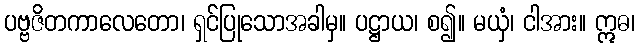
ပဗ္ဗဇိတကာလေတော၊ ရှင်ပြုသောအခါမှ။ ပဋ္ဌာယ၊ စ၍။ မယှံ၊ ငါအား။ ဣဓ၊